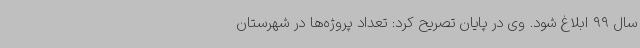
سال 99 ابلاغ شود. وی در پایان تصریح کرد: تعداد پروژه‌ها در شهرستان